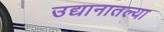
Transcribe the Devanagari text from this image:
उद्यानातल्या